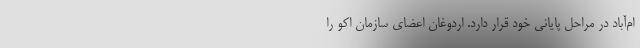
ام‌آباد در مراحل پایانی خود قرار دارد. اردوغان اعضای سازمان اکو را